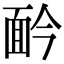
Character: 䩂